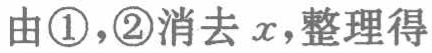
由\textcircled{1}，\textcircled{2}消去 \(x\)，整理得